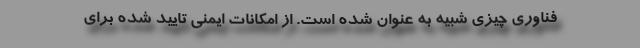
فناوری چیزی شبیه به عنوان شده است. از امکانات ایمنی تایید شده برای